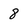
Character: 8